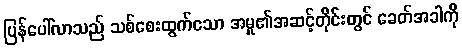
ပြန်ပေါ်လာသည် သစ်စေးထွက်သော အမှု၏အဆင့်တိုင်းတွင် ခေတ်အခါကို